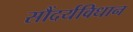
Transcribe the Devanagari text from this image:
सौंदर्यविधान